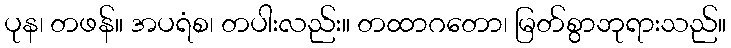
ပုန၊ တဖန်။ အပရံစ၊ တပါးလည်း။ တထာဂတော၊ မြတ်စွာဘုရားသည်။